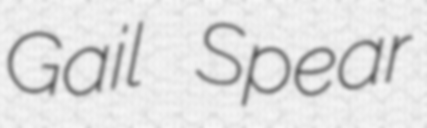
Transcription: Gail Spear